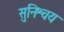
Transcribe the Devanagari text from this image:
सुनिश्चय